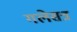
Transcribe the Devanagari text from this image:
गलेसत्र